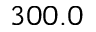
3 0 0 . 0